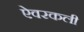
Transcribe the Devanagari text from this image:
ऐवरकली